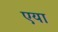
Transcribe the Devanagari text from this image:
एया